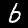
Label: 6